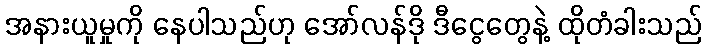
အနားယူမှုကို နေပါသည်ဟု အော်လန်ဒို ဒီငွေတွေနဲ့ ထိုတံခါးသည်